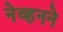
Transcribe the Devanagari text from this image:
नेव्हनने